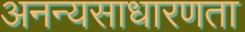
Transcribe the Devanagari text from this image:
अनन्यसाधारणता